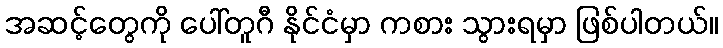
အဆင့်တွေကို ပေါ်တူဂီ နိုင်ငံမှာ ကစား သွားရမှာ ဖြစ်ပါတယ်။